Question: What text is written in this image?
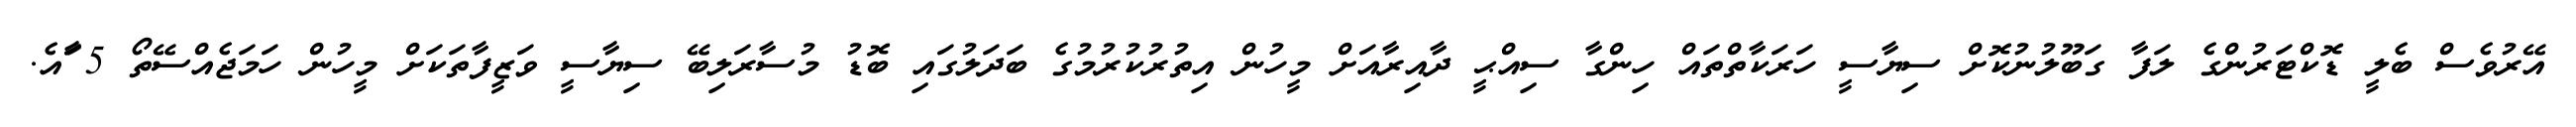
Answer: އޭރުވެސް ބެލީ ޑޮކްޓަރުންގެ ލަފާ ގަބޫލުނުކޮށް ސިޔާސީ ހަރަކާތްތައް ހިންގާ ސިއްޙީ ދާއިރާއަށް މީހުން އިތުރުކުރުމުގެ ބަދަލުގައި ބޮޑު މުސާރަލިބޭ ސިޔާސީ ވަޒީފާތަކަށް މީހުން ހަމަޖެއްސޭތޯ 5 ާަައެ.